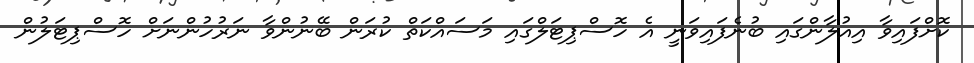
ކޮށްފައިވާ އިއުލާންގައި ބުނެފައިވަނީ އެ ހޮސްޕިޓަލްގައި މަސައްކަތް ކުރަން ބޭނުންވާ ނަރުހުންނަށް ހޮސްޕިޓަލުން